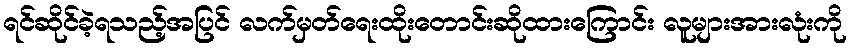
ရင်ဆိုင်ခဲ့ရသည့်အပြင် လက်မှတ်ရေးထိုးတောင်းဆိုထားကြောင်း လူများအားလုံးကို